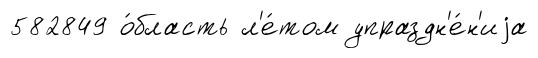
582849 о́бласть л'е́том упраздн'е́н'иjа